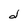
Character: d